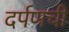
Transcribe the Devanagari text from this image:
दर्पणची